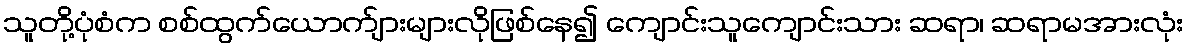
သူတို့ပုံစံက စစ်ထွက်ယောက်ျားများလိုဖြစ်နေ၍ ကျောင်းသူကျောင်းသား ဆရာ၊ ဆရာမအားလုံး